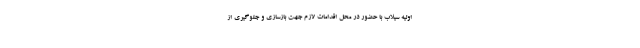
اولیه سیلاب با حضور در محل اقدامات لازم جهت بازسازی و جلوگیری از